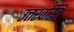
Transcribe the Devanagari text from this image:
उत्तरवस्ति